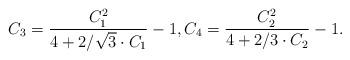
LaTeX: \begin{align*} C_3=\frac{C_1^2}{4+2/\sqrt{3}\cdot C_1}-1, C_4=\frac{C_2^2}{4+2/3\cdot C_2}-1.\end{align*}